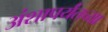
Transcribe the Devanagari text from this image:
अंशापर्यंतच्या